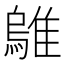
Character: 𫕜